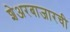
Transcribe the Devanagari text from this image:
शेअरबाजारची